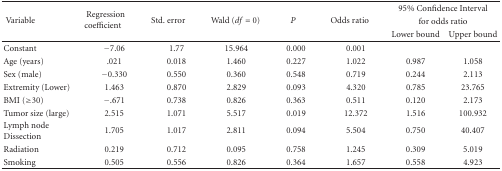
<table><thead><tr><td rowspan="3"><b> Variable</b></td><td rowspan="3"><b> Regression coefficient</b></td><td rowspan="3"><b> Std. error</b></td><td rowspan="3"><b> Wald (<i>df </i>= 0)</b></td><td rowspan="3"><b><i>P</i></b></td><td rowspan="3"><b> Odds ratio</b></td><td colspan="2"><b>95% Confidence Interval</b></td></tr><tr><td colspan="2"><b>for odds ratio</b></td></tr><tr><td><b>Lower bound</b></td><td><b>Upper bound</b></td></tr></thead><tbody><tr><td>Constant</td><td>−7.06</td><td>1.77</td><td>15.964</td><td>0.000</td><td>0.001</td><td></td><td></td></tr><tr><td>Age (years)</td><td>.021</td><td>0.018</td><td>1.460</td><td>0.227</td><td>1.022</td><td>0.987</td><td>1.058</td></tr><tr><td>Sex (male)</td><td>−0.330</td><td>0.550</td><td>0.360</td><td>0.548</td><td>0.719</td><td>0.244</td><td>2.113</td></tr><tr><td>Extremity (Lower)</td><td>1.463</td><td>0.870</td><td>2.829</td><td>0.093</td><td>4.320</td><td>0.785</td><td>23.765</td></tr><tr><td>BMI (≥30)</td><td>−.671</td><td>0.738</td><td>0.826</td><td>0.363</td><td>0.511</td><td>0.120</td><td>2.173</td></tr><tr><td>Tumor size (large)</td><td>2.515</td><td>1.071</td><td>5.517</td><td>0.019</td><td>12.372</td><td>1.516</td><td>100.932</td></tr><tr><td>Lymph node Dissection</td><td>1.705</td><td>1.017</td><td>2.811</td><td>0.094</td><td>5.504</td><td>0.750</td><td>40.407</td></tr><tr><td>Radiation</td><td>0.219</td><td>0.712</td><td>0.095</td><td>0.758</td><td>1.245</td><td>0.309</td><td>5.019</td></tr><tr><td>Smoking</td><td>0.505</td><td>0.556</td><td>0.826</td><td>0.364</td><td>1.657</td><td>0.558</td><td>4.923</td></tr></tbody></table>